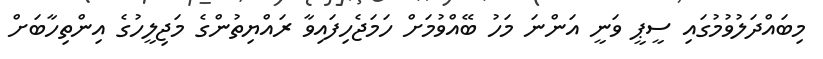
މިބައްދަލުވުމުގައި ސީޕީ ވަނީ އަންނަ މަހު ބޭއްވުމަށް ހަމަޖެހިފައިވާ ރައްޔިތުންގެ މަޖިލީހުގެ އިންތިހާބަށް